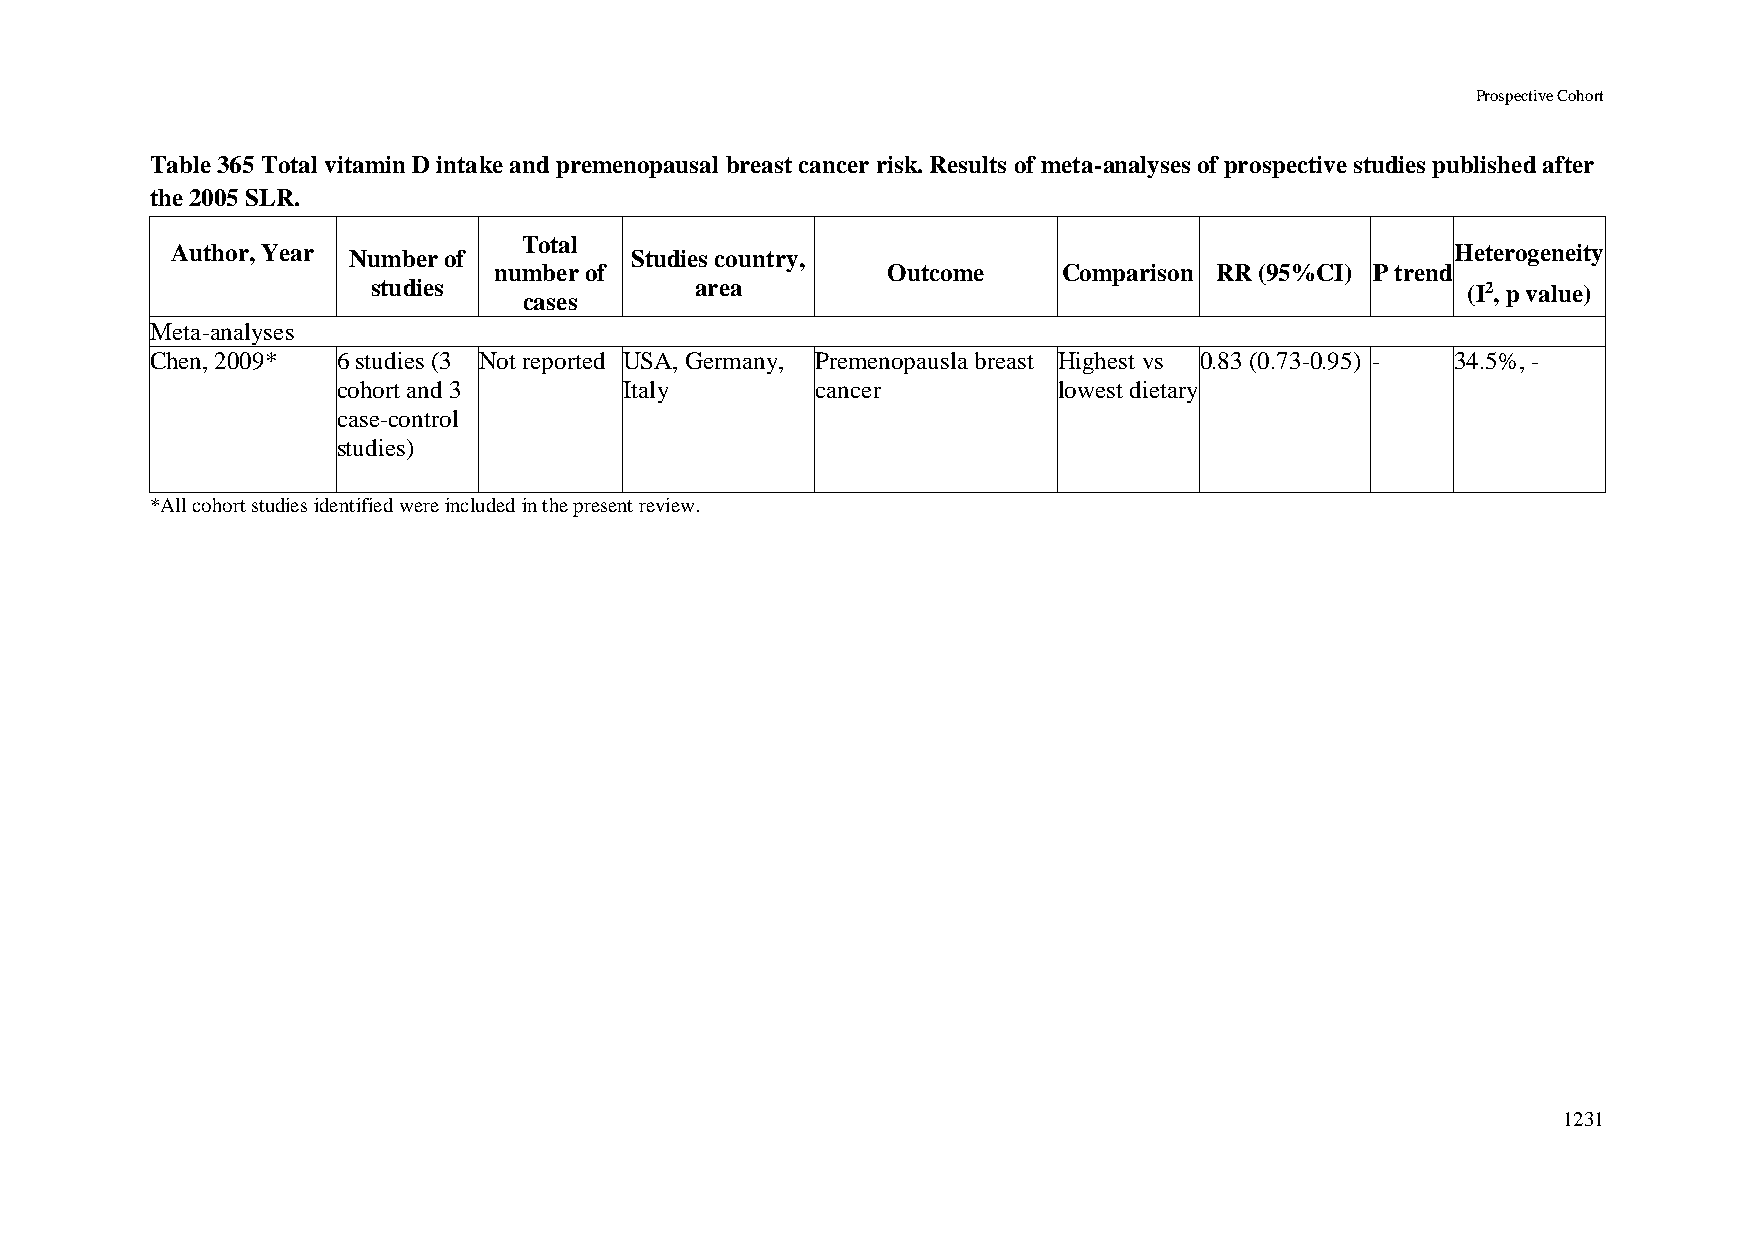
Prospective Cohort
 Table 365 Total vitamin D intake and premenopausal breast cancer risk. Results of meta-analyses of prospective studies published after
 the 2005 SLR.
 Total
 Author, Year Number of         Studies country,                                      Heterogeneity
 number of                 Outcome    Comparison RR (95%CI) P trend
 studies              area                                               (I2, p value)
 cases
 Meta-analyses
 Chen, 2009* 6 studies (3 Not reported USA, Germany, Premenopausla breast Highest vs 0.83 (0.73-0.95) - 34.5%, -
 cohort and 3       Italy        cancer          lowest dietary
 case-control
 studies)
 *All cohort studies identified were included in the present review.
 1231